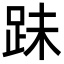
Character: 跊